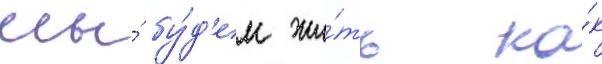
мы́ бу́д'ем жи́ть ка́к